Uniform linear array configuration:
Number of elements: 4
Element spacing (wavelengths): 0.75
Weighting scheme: hann
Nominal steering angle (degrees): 0
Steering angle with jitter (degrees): -0.3979
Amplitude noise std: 0.05
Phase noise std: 0.05

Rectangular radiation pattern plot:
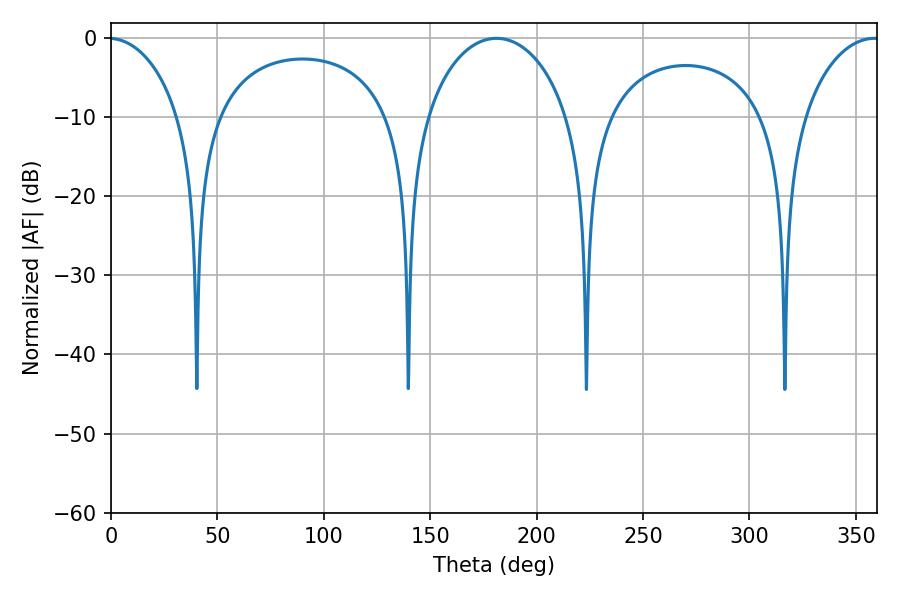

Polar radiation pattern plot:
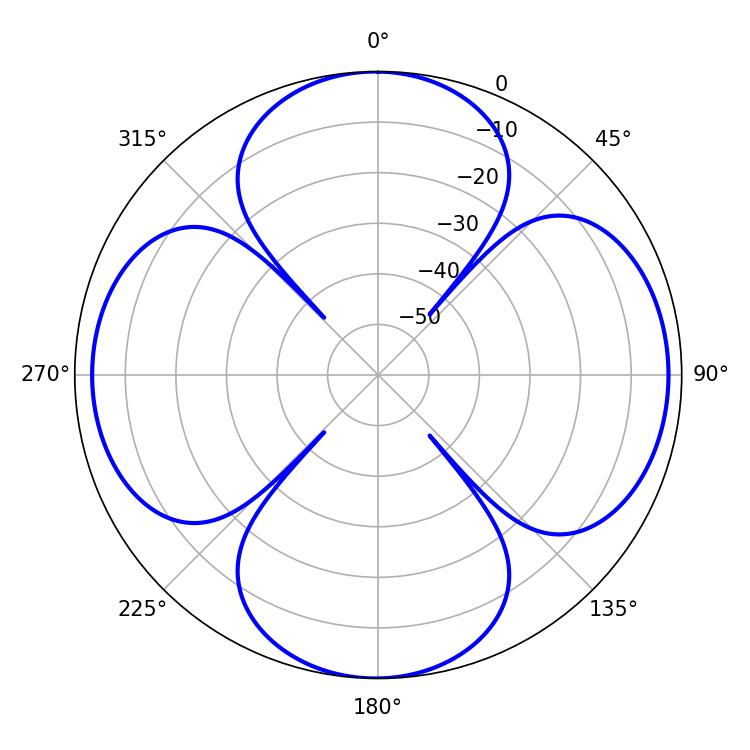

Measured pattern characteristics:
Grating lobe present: TRUE
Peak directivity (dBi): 13.796
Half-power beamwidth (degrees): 38.7
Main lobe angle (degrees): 181.08